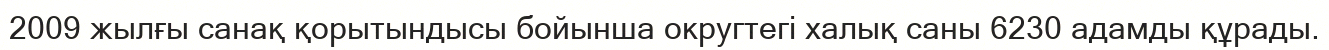
2009 жылғы санақ қорытындысы бойынша округтегі халық саны 6230 адамды құрады.